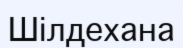
Шілдехана